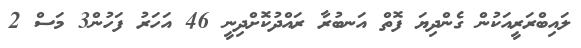
ލައިބްރަރީއަކުން ގެންދިޔަ ފޮތް އަނބުރާ ރައްދުކޮށްދިނީ 46 އަހަރު ފަހުން3 މަސް 2